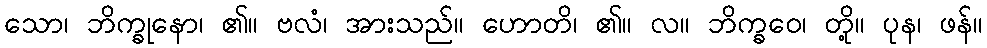
သော၊ ဘိက္ခုနော၊ ၏။ ဗလံ၊ အားသည်။ ဟောတိ၊ ၏။ လ။ ဘိက္ခဝေ၊ တို့။ ပုန၊ ဖန်။